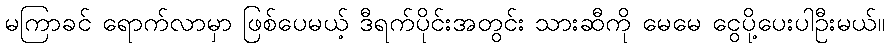
မကြာခင် ရောက်လာမှာ ဖြစ်ပေမယ့် ဒီရက်ပိုင်းအတွင်း သားဆီကို မေမေ ငွေပို့ပေးပါဦးမယ်။